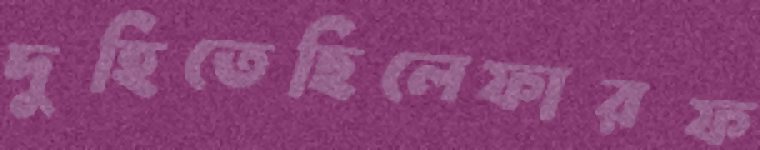
দুহিতেছিলেফারফ